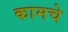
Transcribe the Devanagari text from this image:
कामचे